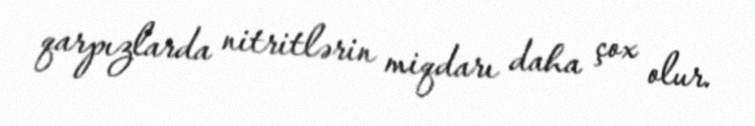
qarpızlarda nitritlərin miqdarı daha çox olur.